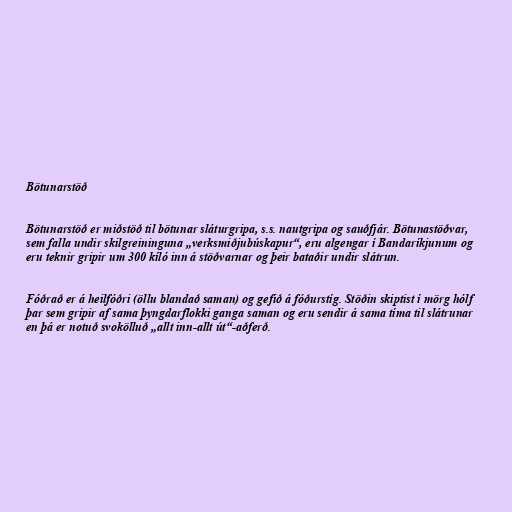
Bötunarstöð

Bötunarstöð er miðstöð til bötunar sláturgripa, s.s. nautgripa og sauðfjár. Bötunastöðvar,
sem falla undir skilgreininguna „verksmiðjubúskapur“, eru algengar í Bandaríkjunum og
eru teknir gripir um 300 kíló inn á stöðvarnar og þeir bataðir undir slátrun.

Fóðrað er á heilfóðri (öllu blandað saman) og gefið á fóðurstíg. Stöðin skiptist í mörg hólf
þar sem gripir af sama þyngdarflokki ganga saman og eru sendir á sama tíma til slátrunar
en þá er notuð svokölluð „allt inn-allt út“-aðferð.